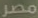
مصر